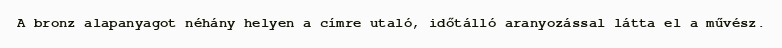
A bronz alapanyagot néhány helyen a címre utaló, időtálló aranyozással látta el a művész.